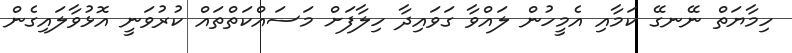
ހިމާޔަތް ނޭނގޭ ކަމާއި އެމީހުން ލައްވާ ގަވައިދާ ހިލާފަށް މަސައްކަތްތައް ކުރުވަނީ އޮޅުވާލައިގެން